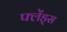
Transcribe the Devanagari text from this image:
फ्लेंड्स